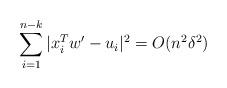
LaTeX: \begin{align*} \sum_{i=1}^{n-k} |x_i^T w' - u_i|^2 =O( n^2 \delta^2)\end{align*}